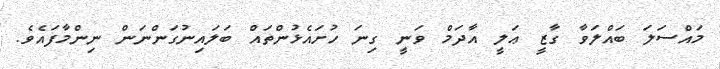
މައްސަލަ ބައްލަވާ ގާޒީ ޢަލީ އާދަމް ވަނީ ގިނަ ހުށައެޅުންތައް ބަލައިނުގަންނަން ނިންމާފައެވެ.